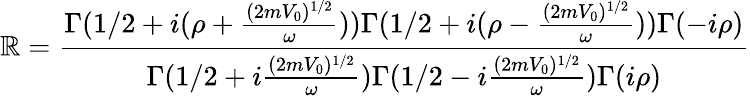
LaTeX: \mathbb{R}=\frac{{\Gamma(1/2+i(\rho+\frac{{(2mV_{0})^{1/2}}}{{\omega}}))\Gamma(1/2+i(\rho-\frac{{(2mV_{0})^{1/2}}}{{\omega}}))\Gamma(-i\rho)}}{{\Gamma(1/2+i\frac{{(2mV_{0})^{1/2}}}{{\omega}})\Gamma(1/2-i\frac{{(2mV_{0})^{1/2}}}{{\omega}})\Gamma(i\rho)}}